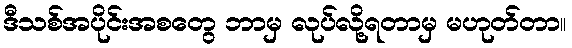
ဒီသစ်အပိုင်းအစတွေ ဘာမှ လုပ်လို့ရတာမှ မဟုတ်တာ။